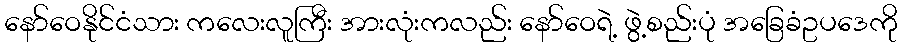
နော်ဝေနိုင်ငံသား ကလေးလူကြီး အားလုံးကလည်း နော်ဝေရဲ့ ဖွဲ့စည်းပုံ အခြေခံဥပဒေကို